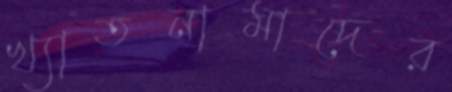
খ্যাতনামাদের